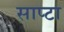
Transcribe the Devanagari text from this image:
साप्टा